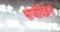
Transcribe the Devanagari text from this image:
भाजीविक्रेते